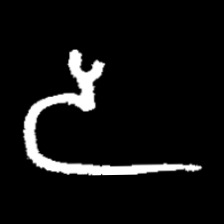
Pyu character \u2014 Myanmar letter: ဒ (romanized: da)